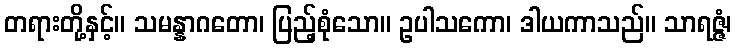
တရားတို့နှင့်။ သမန္နာဂတော၊ ပြည့်စုံသော။ ဥပါသကော၊ ဒါယကာသည်။ သာရဇ္ဇံ၊